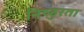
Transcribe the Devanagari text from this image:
निष्‍ठुरता